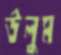
উলুম